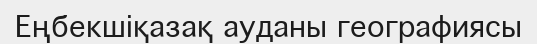
Еңбекшіқазақ ауданы географиясы